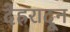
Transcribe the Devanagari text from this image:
देह्ररादून